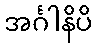
အင်္ဂါနိပိ